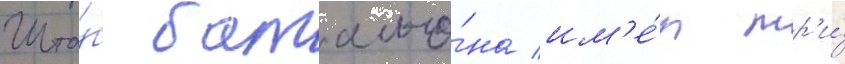
Шта́б батальо́на им'е́л тр'и́